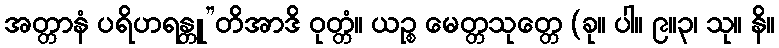
အတ္တာနံ ပရိဟရန္တူ”တိအာဒိ ဝုတ္တံ။ ယဉ္စ မေတ္တသုတ္တေ (ခု။ ပါ။ ၉။၃၊ သု။ နိ။